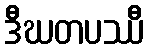
ဒီဃတပဿီ